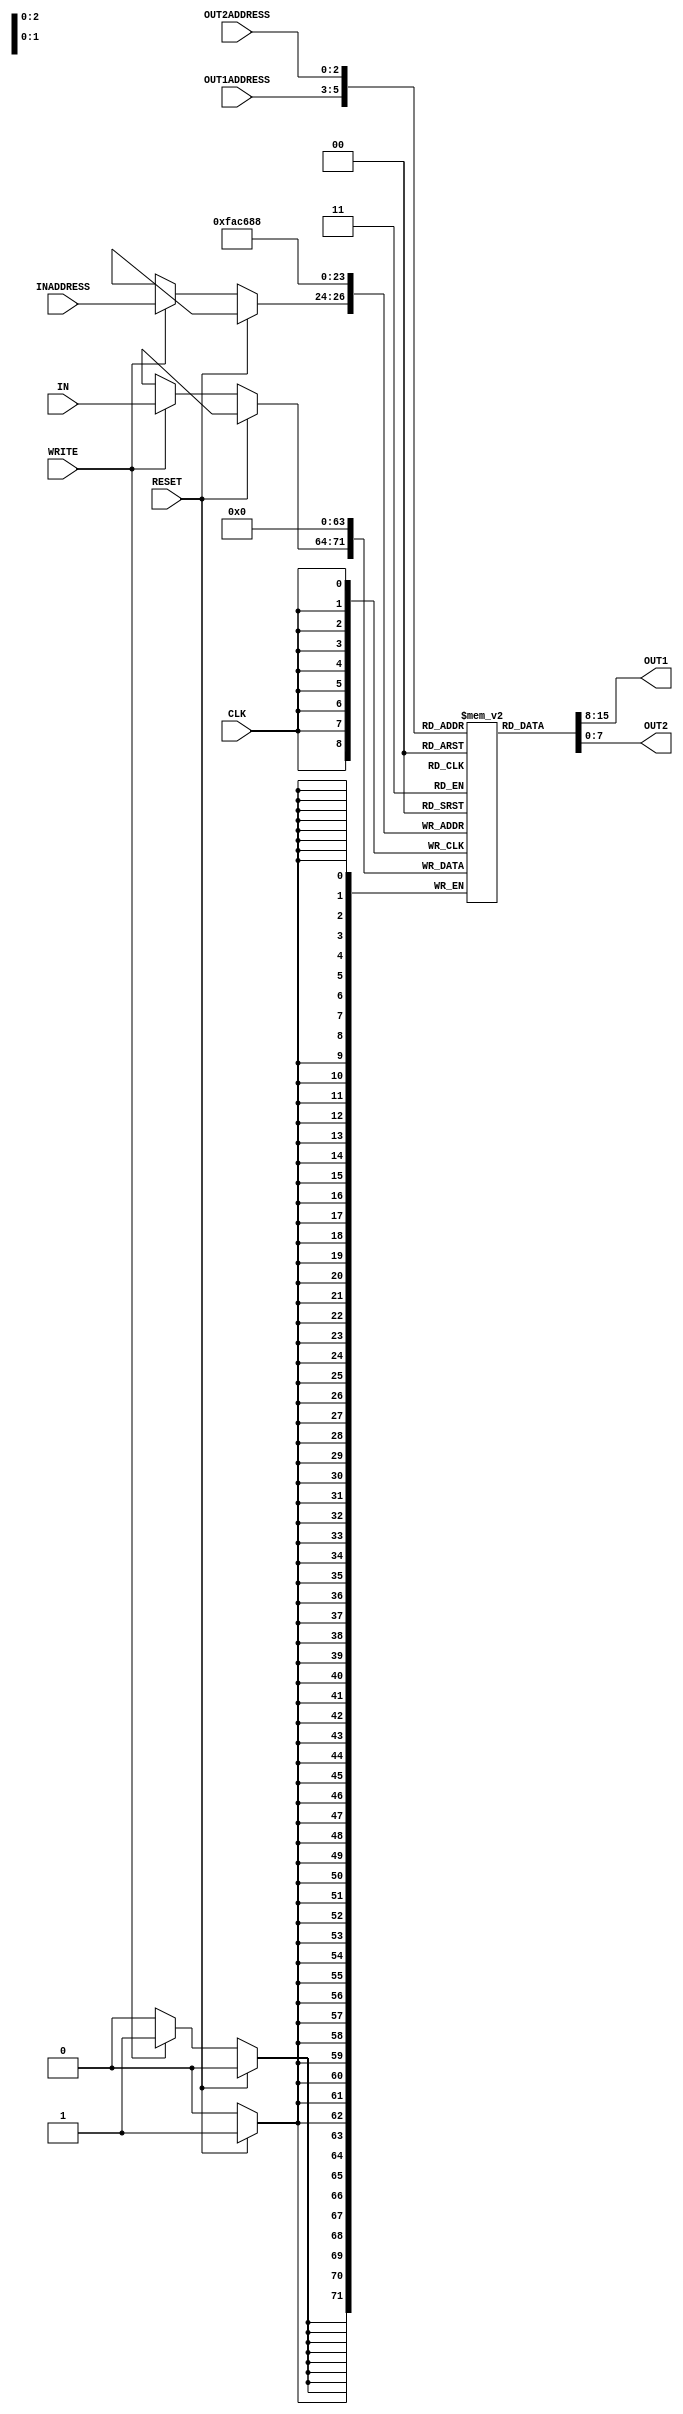
// Computer Architecture (CO224) - Lab 05
// Design: Register File of Simple Processor
// Group Number : 27
// E Numbers : E/18/077, E/18/227
// Names : Dharmarathne N.S., Mudalige D.H.

module reg_file (
    input[7:0] IN,
    output[7:0] OUT1,
    output[7:0] OUT2,
    input[2:0] INADDRESS,
    input[2:0] OUT1ADDRESS,
    input[2:0] OUT2ADDRESS,
    input WRITE,
    input CLK,
    input RESET);

    // 8 element array of 8 bit registers
    reg [7:0] register[0:7];
    
    /********************************************************************/

    ///////////////// REGISTER READING OPERATIONS ////////////////////////
    // These assign statements are executed asynchrnously
    // (data is sent parallelly)

    // Note that, artificial delays of two time units for
    // register reading
    assign #2 OUT1 = register[OUT1ADDRESS];
    assign #2 OUT2 = register[OUT2ADDRESS];

    /*********************************************************************/


    /*********************************************************************/
    ///////////////// REGISTER WRITING OPERATIONS /////////////////////////
    
    integer i;
    // This always block triggered (synchronously) only for the  
    // positive edge of the clock pulse
    always @(posedge CLK) begin
        if (RESET) begin
            // This for loop is capable of resetting all register
            // values to zero when RESET signal is high

            #1  // Artificial delay of one time unit for resetting
            for (i = 0; i < 8; i = i + 1) begin
                register[i] <= 0;
            end
        end
        else begin
            // This else condition is used to write data contains inside IN
            // (when WRITE port is set high) to the required register 
            // specified by INADDRESS
            
            if (WRITE) #1 register[INADDRESS] <= IN;
            // Note that, artificial delays of one time units for
            // register writing
        end
    end
    /**********************************************************************/

endmodule